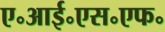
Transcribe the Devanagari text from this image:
ए॰आई॰एस॰एफ॰